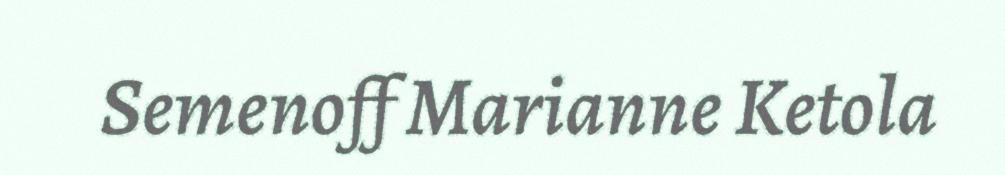
Semenoff Marianne Ketola